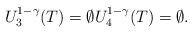
\begin{align*}U_3^{1-\gamma}(T)=\emptyset U_4^{1-\gamma}(T)=\emptyset.\end{align*}